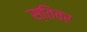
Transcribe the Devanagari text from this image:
स्तिवर